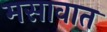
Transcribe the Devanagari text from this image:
मसावात